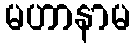
မဟာနာမ